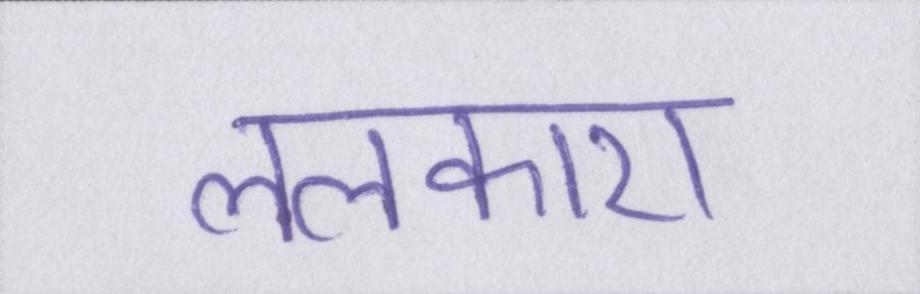
ललकारा